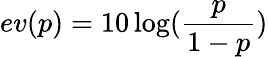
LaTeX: ev(p)=10\log(\frac{p}{1-p})